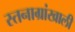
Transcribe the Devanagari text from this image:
स्तनाग्रांखाली